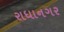
રાધાનગર